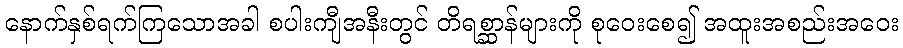
နောက်နှစ်ရက်ကြသောအခါ စပါးကျီအနီးတွင် တိရစ္ဆာန်များကို စုဝေးစေ၍ အထူးအစည်းအဝေး